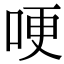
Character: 哽